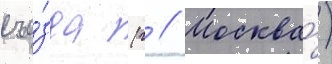
съе́зда (г // Москва́)